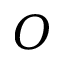
O